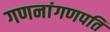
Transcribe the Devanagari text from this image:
गणनांगणपति